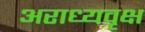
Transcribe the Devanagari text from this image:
अराध्यवृक्ष